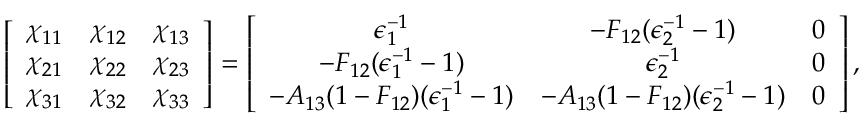
\left[ \begin{array} { c c c } { \chi _ { 1 1 } } & { \chi _ { 1 2 } } & { \chi _ { 1 3 } } \\ { \chi _ { 2 1 } } & { \chi _ { 2 2 } } & { \chi _ { 2 3 } } \\ { \chi _ { 3 1 } } & { \chi _ { 3 2 } } & { \chi _ { 3 3 } } \end{array} \right] = \left[ \begin{array} { c c c } { \epsilon _ { 1 } ^ { - 1 } } & { - F _ { 1 2 } ( \epsilon _ { 2 } ^ { - 1 } - 1 ) } & { 0 } \\ { - F _ { 1 2 } ( \epsilon _ { 1 } ^ { - 1 } - 1 ) } & { \epsilon _ { 2 } ^ { - 1 } } & { 0 } \\ { - A _ { 1 3 } ( 1 - F _ { 1 2 } ) ( \epsilon _ { 1 } ^ { - 1 } - 1 ) } & { - A _ { 1 3 } ( 1 - F _ { 1 2 } ) ( \epsilon _ { 2 } ^ { - 1 } - 1 ) } & { 0 } \end{array} \right] { , }